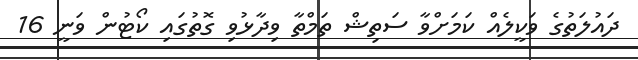
ދައުލަތުގެ ވަކީލެއް ކަމަށްވާ ސަތިޝް ތަމްތާ ވިދާޅުވި ގޮތުގައި ކޯޓުން ވަނީ 16